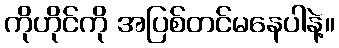
ကိုဟိုင်ကို အပြစ်တင်မနေပါနဲ့။